Civil Veterinary Dept. Assam report 1911-1927 - 1911-1927
Year: 1911
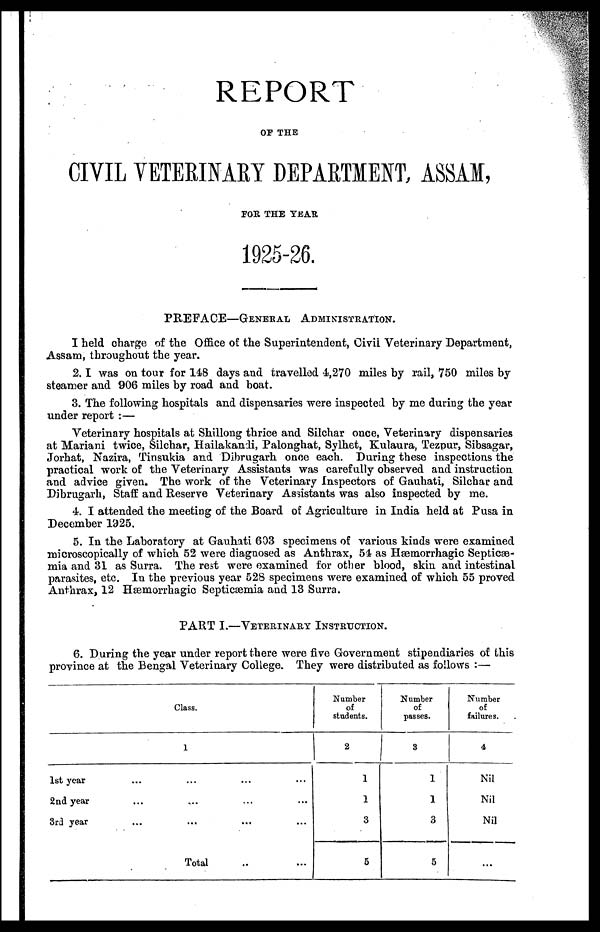
REPORT
OF THE
CIVIL VETERINARY DEPARTMENT, ASSAM,
FOR THE TEAR
1925-26.
PREFACE—GENERAL ADMINISTRATION.
I held charge of the Office of the Superintendent, Civil Veterinary Department,
Assam, throughout the year.
2. I was on tour for 148 days and travelled 4,270 miles by rail, 750 miles by
steamer and 906 miles by road and boat.
3. The following hospitals and dispensaries were inspected by me during the year
under report :—
Veterinary hospitals at Shillong thrice and Silchar once, Veterinary dispensaries
at Mariani twice, Silchar, Hailakandi, Palonghat, Sylhet, Kulaura, Tezpur, Sibsagar,
Jorhat, Nazira, Tinsukia and Dibrugarh once each. During these inspections the
practical work of the Veterinary Assistants was carefully observed and instruction
and advice given. The work of the Veterinary Inspectors of Gauhati, Silchar and
Dibrugarh, Staff and Reserve Veterinary Assistants was also inspected by me.
4. I attended the meeting of the Board of Agriculture in India held at Pusa in
December 1925.
5. In the Laboratory at Gauhati 603 specimens of various kinds were examined
microscopically of which 52 were diagnosed as Anthrax, 54 as Hæmorrhagic Septicæ-
mia and 31 as Surra. The rest were examined for other blood, skin and intestinal
parasites, etc. In the previous year 528 specimens were examined of which 55 proved
Anthrax, 12 Hæmorrhagic Septicæmia and 13 Surra.
PART I.—VETERINARY INSTRUCTION.
6. During the year under report there were five Government stipendiaries of this
province at the Bengal Veterinary College. They were distributed as follows :—
Class.
1
1st year ... ... ... ...
2nd year ... ... ... ...
3rd year ... ... ... ...
Total ... ...
Number
of
students.
2
1
1
3
5
Number
of
passes.
3
1
1
3
5
Number
of
failures.
4
Nil
Nil
Nil
...